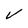
Character: v